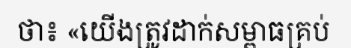
ថា៖ «យើងត្រូវដាក់សម្ពាធគ្រប់